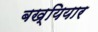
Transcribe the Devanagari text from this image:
बख्यियार